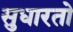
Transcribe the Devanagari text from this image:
सुधारतो